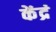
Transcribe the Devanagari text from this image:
केंद्रं